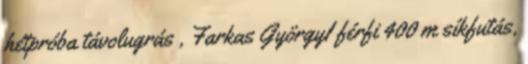
hétpróba távolugrás , Farkas GyörgyI férfi 400 m síkfutás,